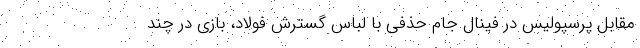
مقابل پرسپولیس در فینال جام حذفی با لباس گسترش فولاد، بازی در چند